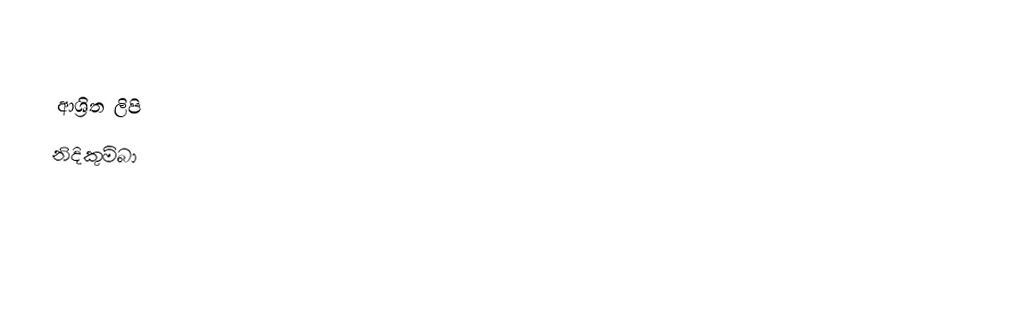

ආශ්‍රිත ලිපි
 නිදිකුම්බා